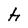
Character: h